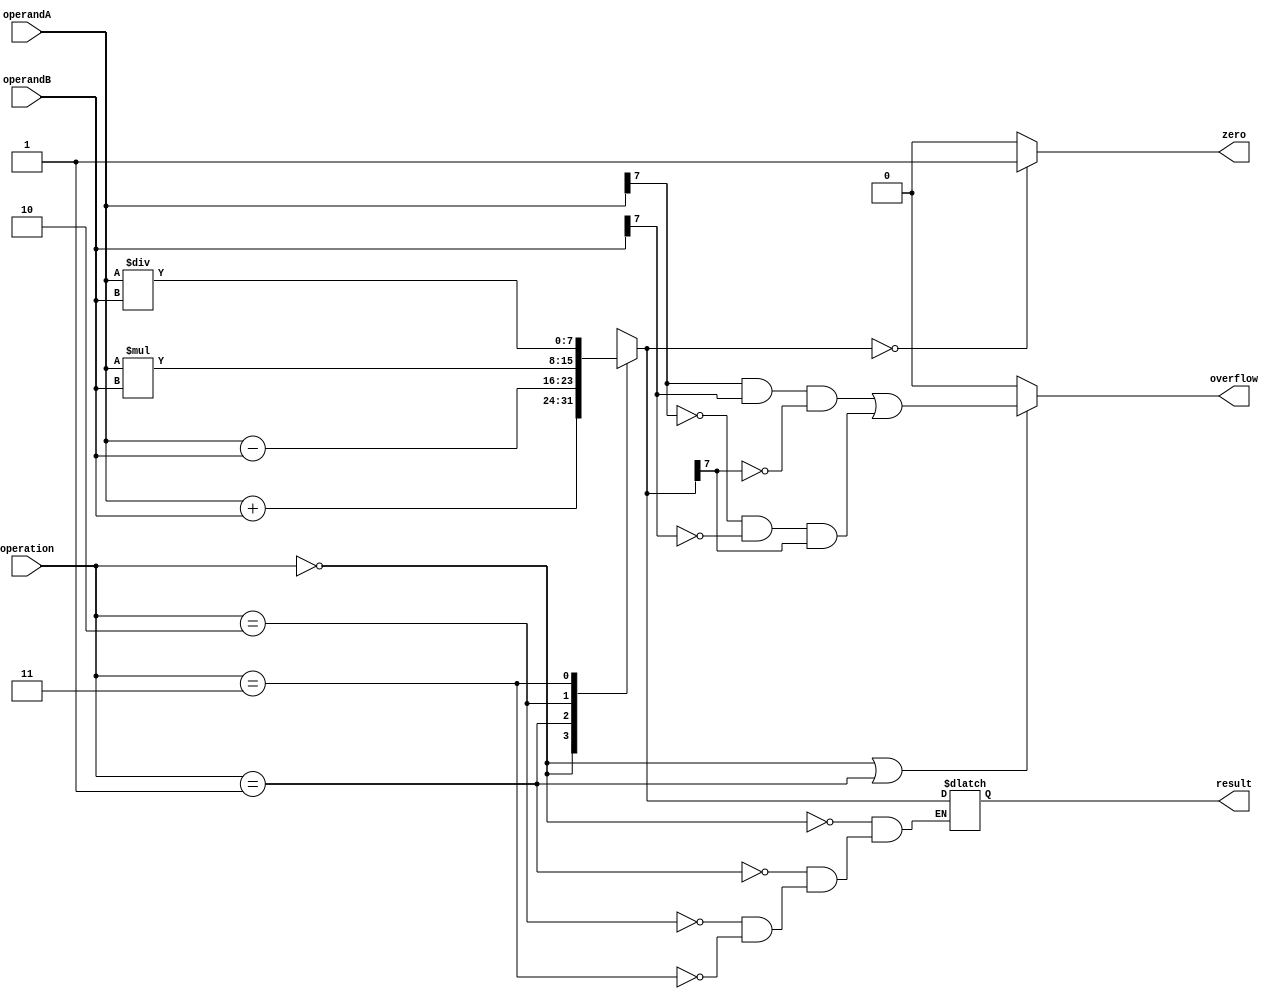
module ALU(
    input [7:0] operandA,
    input [7:0] operandB,
    input [2:0] operation,
    output reg [7:0] result,
    output reg zero,
    output reg overflow
);

// ALU operations
localparam ADD = 3'b000, SUB = 3'b001, MUL = 3'b010, DIV = 3'b011;

// ALU control logic
always @(*)
begin
    case(operation)
        ADD: result = operandA + operandB;
        SUB: result = operandA - operandB;
        MUL: result = operandA * operandB;
        DIV: result = operandA / operandB;
    endcase
    
    // Zero flag
    zero = (result == 8'b0) ? 1'b1 : 1'b0;
    
    // Overflow flag
    overflow = (operation == ADD || operation == SUB) ? 
        ((operandA[7] & operandB[7] & ~result[7]) | (~operandA[7] & ~operandB[7] & result[7])) : 1'b0;
end

endmodule